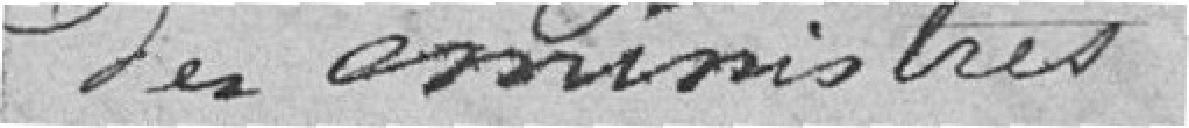
des ministres.